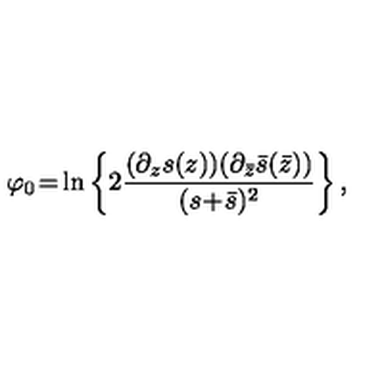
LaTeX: \varphi _ { 0 } \! = \! \ln \left\{ 2 \frac { ( \partial _ { z } s ( z ) ) ( \partial _ { \bar { z } } \bar { s } ( \bar { z } ) ) } { ( s \! + \! \bar { s } ) ^ { 2 } } \right\} ,